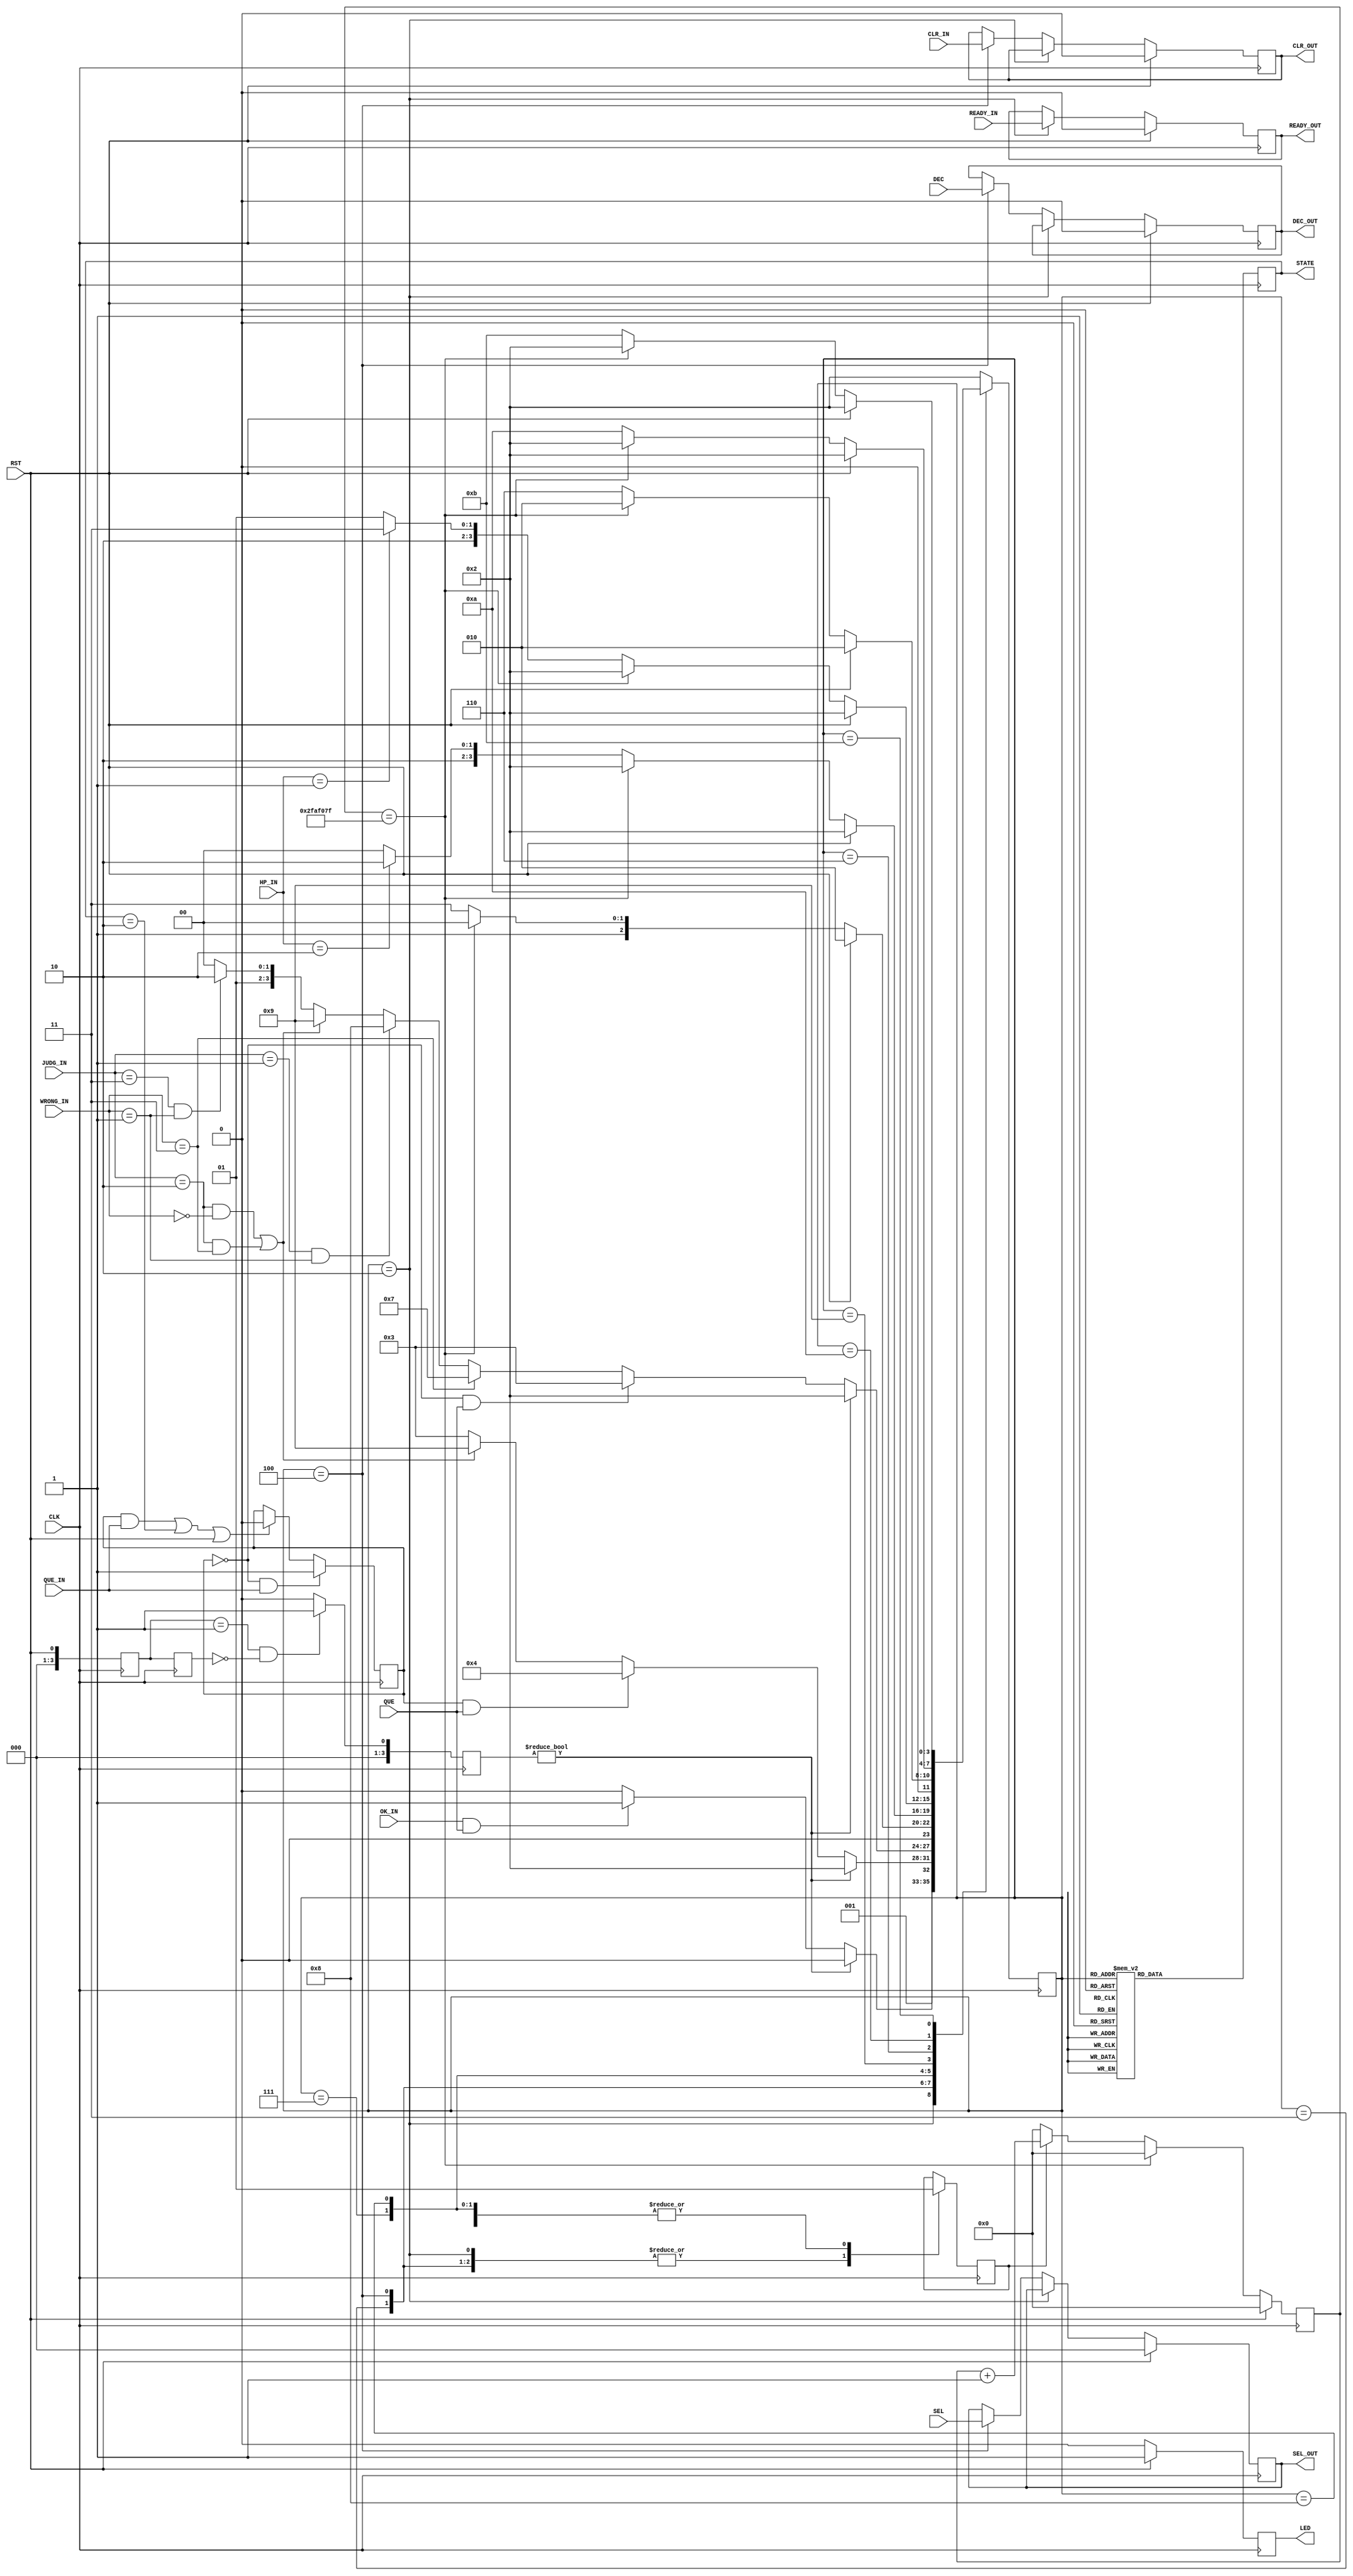
module CONTROL(
    input [2:0] SEL,
    input CLK, RST, READY_IN, QUE_IN, DEC, CLR_IN,//QUE_IN is BOUT
    input OK_IN, //????????????READY?????????????????
    input [1:0] HP_IN,//00????,01??????,10??????
    input QUE,//QUE is INPUT's q_ok    Question is already  not 0 or  0
    input [1:0] JUDG_IN,  //???????????
    input [1:0] WRONG_IN, //??????????????

  

    output reg READY_OUT,
    output reg [3:0] STATE, 
	 output reg [2:0] SEL_OUT,
	 output reg DEC_OUT, CLR_OUT,
	 output LED
);

reg[3:0] cur,nxt, pre, RST_UP;
localparam  READY = 4'b0010, QUESTION = 4'b0011, INPUT = 4'b0100, DRAW = 4'b0110
            , WRONG = 4'b0111, GOOD = 4'b1000, OUCH = 4'b1001, WIN = 4'b1010, LOSE = 4'b1011;

reg SW0;
initial begin
  SW0 <= 0;
end
always @(posedge CLK) begin
     if(SW0 == 0 && QUE_IN)   //R is Flag of QUESTION   QUE_IN is SW9
	      SW0 <= 1;             
		else if(SW0 == 1 && QUE_IN || STATE == READY || RST) //if question is not prepared ,don't go next
		   SW0 <= 0;
end



// always @( posedge CLK) begin // When Clear
//   if(RST)
//     cur <= READY;
//   else
//     cur <= nxt;
// end

always @(posedge CLK) begin
    cur <= RST;
    pre <= cur;

    if(cur == 1 && pre == 0)begin
      RST_UP <= 1;
     end
     else begin
      RST_UP <= 0;
     end

end

always @(posedge CLK) begin //Change State
  case(nxt)
    READY:   STATE <= READY; //modi NEED_1SEC0
    QUESTION: STATE <= QUESTION; //modi
    INPUT:   STATE <= INPUT; //modi
    WRONG:   STATE <= WRONG; 
    GOOD:    STATE <= GOOD;
    OUCH:    STATE <= OUCH; 
    DRAW:    STATE <= DRAW; 
    WIN:     STATE <= WIN; 
    LOSE:    STATE <= LOSE;  
    default:  STATE <= READY;
  endcase
end

// always @(posedge CLK) begin
//   if(cur == READY)begin
//     READY_OUT <= READY_IN;
//   end
//   else if(cur == INPUT)begin
//       SEL_OUT <= SEL;        //Through  reg ...
//       DEC_OUT <= DEC;        //Through  reg ...
//       CLR_OUT <= CLR_IN;   
//   end
  
// end
always @(posedge CLK) begin
  if(RST)begin
    READY_OUT <= 0;
    SEL_OUT <= 3'b0;
    DEC_OUT <= 0;
    CLR_OUT <= 0;
  end
  else if(nxt == READY)begin
    READY_OUT <= READY_IN; 
  end
  else if(nxt == INPUT)begin
      SEL_OUT <= SEL;        //Through  reg ...
      DEC_OUT <= DEC;        //Through  reg ...
      CLR_OUT <= CLR_IN;   
  end
  
end

reg NEED_1SEC;//
initial begin
  NEED_1SEC <= 0;
end



always @(posedge  CLK) begin
    case(nxt)
      READY:   NEED_1SEC <= 0; //modi NEED_1SEC0
      QUESTION:NEED_1SEC <= 0; //modi
      INPUT:   NEED_1SEC <= 0; //modi
      WRONG:   NEED_1SEC <= 1; 
      GOOD:    NEED_1SEC <= 1;
      OUCH:    NEED_1SEC <= 1; 
      DRAW:    NEED_1SEC <= 1; 
      WIN:     NEED_1SEC <= 1; 
      LOSE:    NEED_1SEC <= 1;  
  endcase
end


reg [25:0] cnt;
wire EN1HZ = (cnt==26'd49_999_999);

always @(posedge CLK)begin   //Count 1sec
    if(RST)
      cnt <= 26'b0;
    else if(EN1HZ) // Enough = 0 || First =0
    //else if(EN1HZ)
      cnt <= 26'b0;
    else if(NEED_1SEC == 1) // When  WRONG ,GOOD,OUCH,DRAW ,WIN ,LOSE
    //else if(STATE == GOOD || STATE == WRONG || STATE == OUCH || STATE == DRAW || STATE == LOSE || STATE == WIN)  
       cnt <= cnt + 26'b1;  //inc
       //cnt <= cnt ;
    else 
      cnt <= 26'b0;  //cnt <= cnt is error
end


reg LED_r;
initial begin
  LED_r <= 0;
end
always @(posedge CLK) begin
  if(RST)begin
    LED_r <= 1;
  end
  else begin
    LED_r <= 0;
  end
end
assign LED = LED_r;

always @(posedge CLK)begin
    
    case(nxt)   
        READY:  if(RST_UP)
                    nxt <= READY;
                else if(OK_IN && QUE)//OK_INQUE
                    nxt <= QUESTION; //????
                else
                    nxt <= READY;
        QUESTION:
                   if(RST_UP)
                    nxt <= READY;
                   else if(SW0 == 1 && QUE)
                    nxt <= INPUT;
                   else if((JUDG_IN == 2'b10 && WRONG_IN == 2'b00) || (JUDG_IN == 2'b10 && WRONG_IN == 2'b11))
                    nxt <= OUCH;
                   else   
                    nxt <= QUESTION;
                    //nxt <= READY; 
        
        INPUT:   
                if(RST_UP)
                    nxt <= READY;
                else if(SW0 == 0 && QUE)
                    nxt <= QUESTION;
                else if(WRONG_IN == 2'b11)
                    nxt <= WRONG;
                else if(JUDG_IN == 2'b01 && WRONG_IN == 2'b01)
                    nxt <= GOOD;
                else if((JUDG_IN == 2'b10 && WRONG_IN == 2'b00) || (JUDG_IN == 2'b10 && WRONG_IN == 2'b11))
                    nxt <= OUCH;
                else if(JUDG_IN == 2'b11 && WRONG_IN == 2'b01)
                    nxt <= DRAW;
                else 
                    nxt <= INPUT;
                    //nxt <= READY;

        WRONG: //Fail
               if(RST)
                nxt <= READY;
               else if(EN1HZ)
                nxt <= INPUT;
               else 
                nxt <= WRONG;
        
        GOOD: 
              if(RST)
                nxt <= READY;
              else if(EN1HZ)
                nxt <= READY;
              else if(HP_IN == 2'b10) 
                nxt <= WIN;
              else
                nxt <= GOOD;

        OUCH: 
              if(RST)
                nxt <= READY;
              else if
              
              
              (EN1HZ)
                nxt <= READY;
              else if(HP_IN == 2'b01)
                nxt <= LOSE;
              else 
                nxt <= OUCH;

        DRAW: 
              if(RST)
                nxt <= READY;
              else if(EN1HZ)
                nxt <= READY;
              else
                nxt <= DRAW;

        WIN: 
              if(RST)
                nxt <= READY;
              else if(EN1HZ)
                nxt <= READY;
              else 
                nxt <= WIN;

        LOSE:
              if(RST)
                nxt <= READY;
              else if(EN1HZ)
                nxt <= READY;
              else 
                nxt <= LOSE;

        default: nxt <= READY;
    endcase
end





endmodule